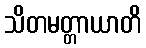
သိတမတ္တာယာတိ